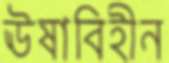
ঊষাবিহীন